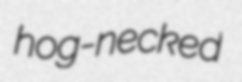
hog-necked